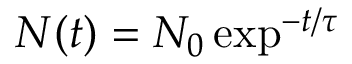
N ( t ) = N _ { 0 } \exp ^ { - t / \tau }